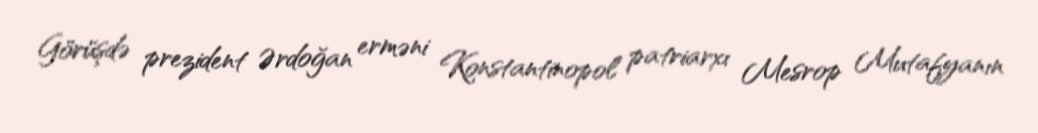
Görüşdə prezident Ərdoğan erməni Konstantinopol patriarxı Mesrop Mutafyanın